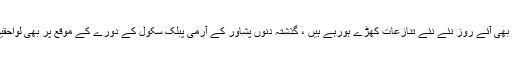
برطانوی اخبار نے لکھاکہ ریحام خان سے خفیہ شادی کے بعد عمران خان کے لیے بھی آئے روز نئے نئے تنازعات کھڑے ہورہے ہیں ، گذشتہ دنوں پشاور کے آرمی پبلک سکول کے دورے کے موقع پر بھی لواحقین نے احتجاج کیا اور کانوائے کا راستہ روک کر ’گوعمران گو‘ کے نعرے لگائے ۔